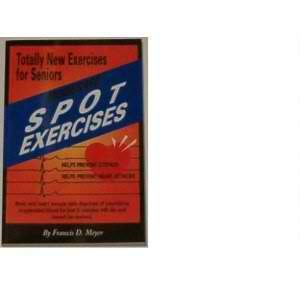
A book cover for Moderate Spot Exercises for Seniors; Francis D Meyer; Health, Fitness & Dieting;